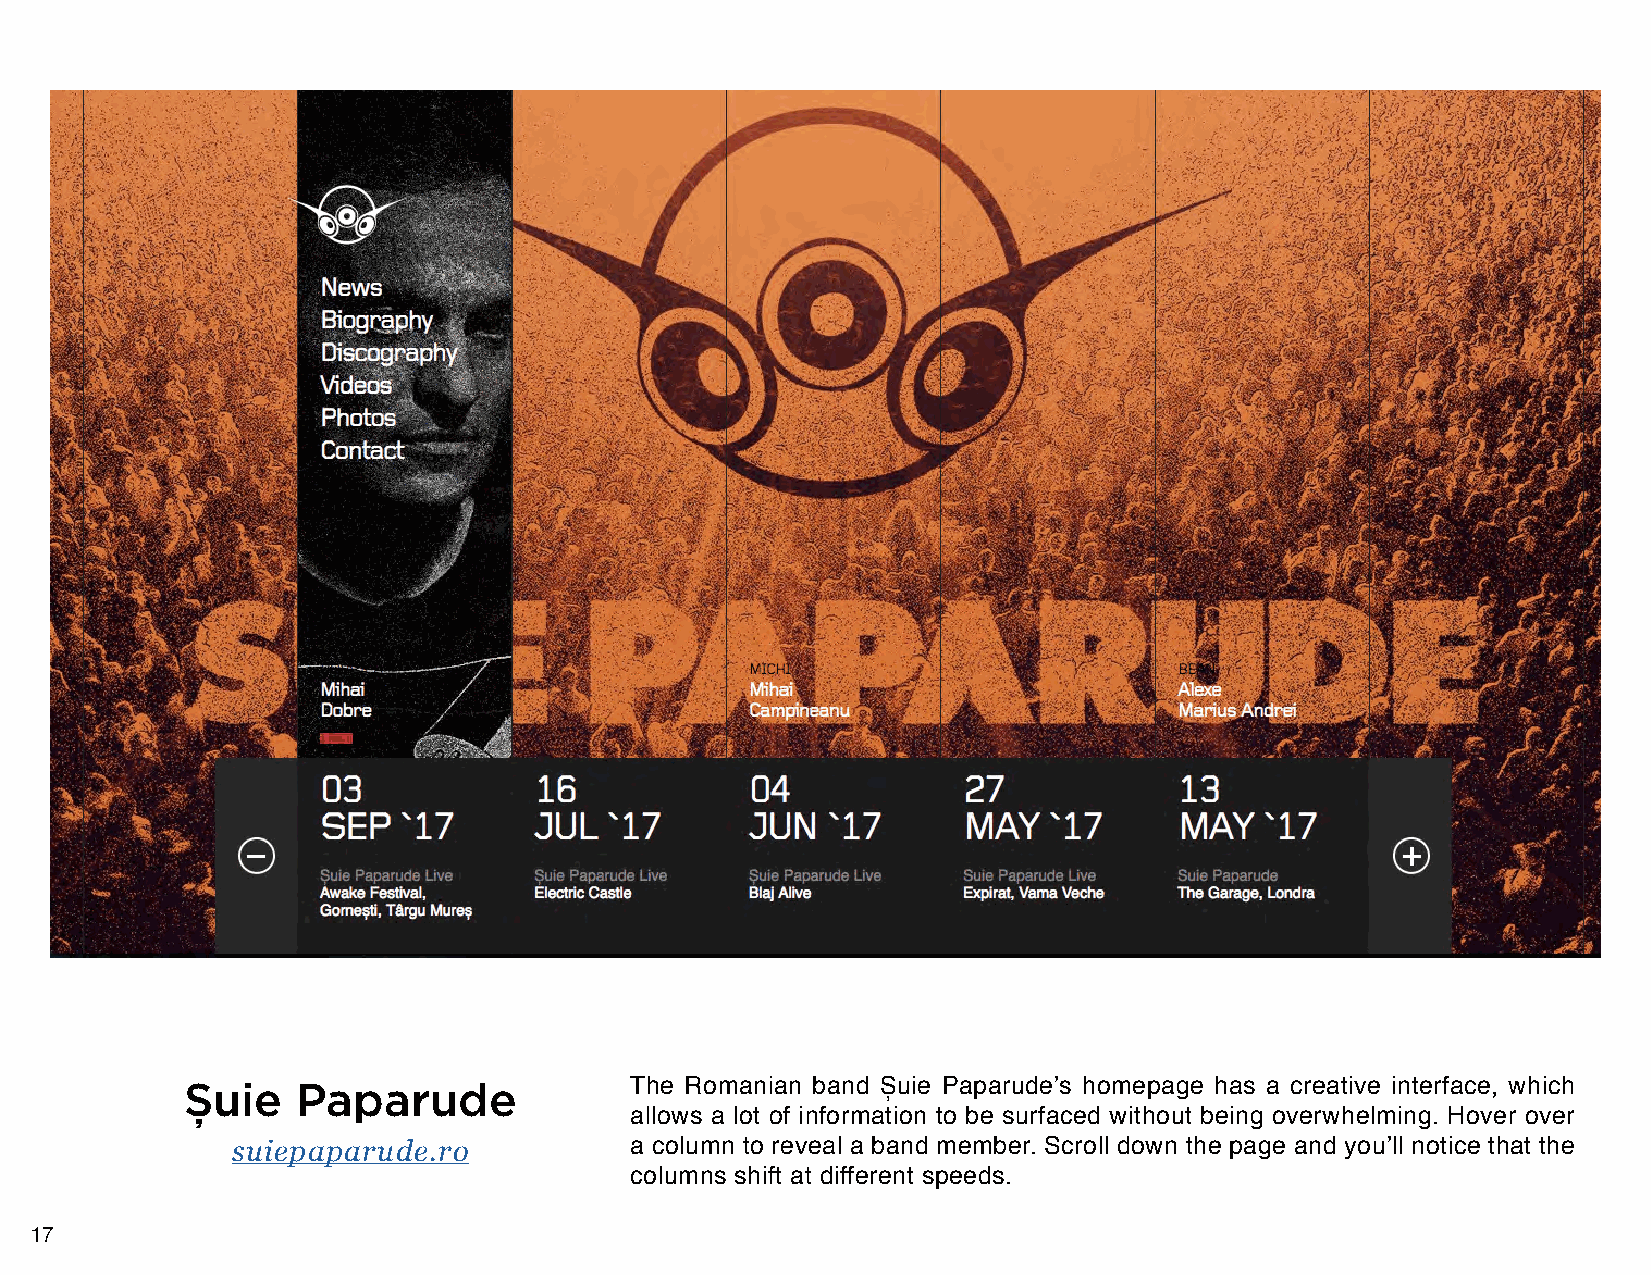
Șuie    Paparude              The Romanian band Șuie Paparude’s homepage has a creative interface, which
 allows a lot of information to be surfaced without being overwhelming. Hover over
 suiepaparude.ro            a column to reveal a band member. Scroll down the page and you’ll notice that the
 columns shift at different speeds.
 17